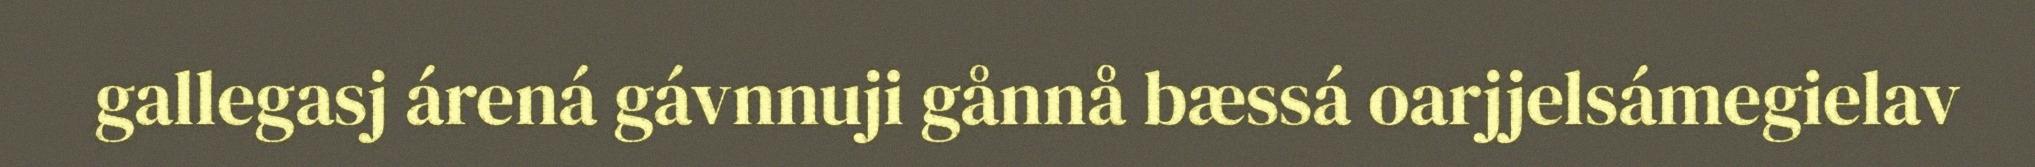
gallegasj árená gávnnuji gånnå bæssá oarjjelsámegielav